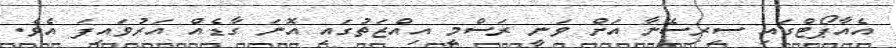
އެއާޕޯޓްގައި ސިރިސޭނާ އަށް ވަނީ ރަސްމީ އިއްޒަތުގައި އޮނަ ގާޑެއް އަރުވައިފަ އެވެ.